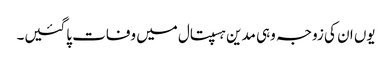
یوں ان کی زوجہ وہی مدین ہسپتال میں وفات پاگئیں۔